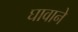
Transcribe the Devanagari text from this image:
घावाने